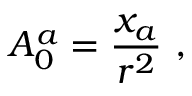
A _ { 0 } ^ { a } = \frac { x _ { a } } { r ^ { 2 } } ~ ,